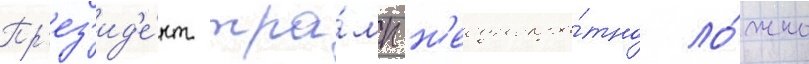
Пр'ез'ид'е́нт тра́мп н'еоднокра́тно ло́жно